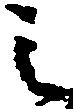
之